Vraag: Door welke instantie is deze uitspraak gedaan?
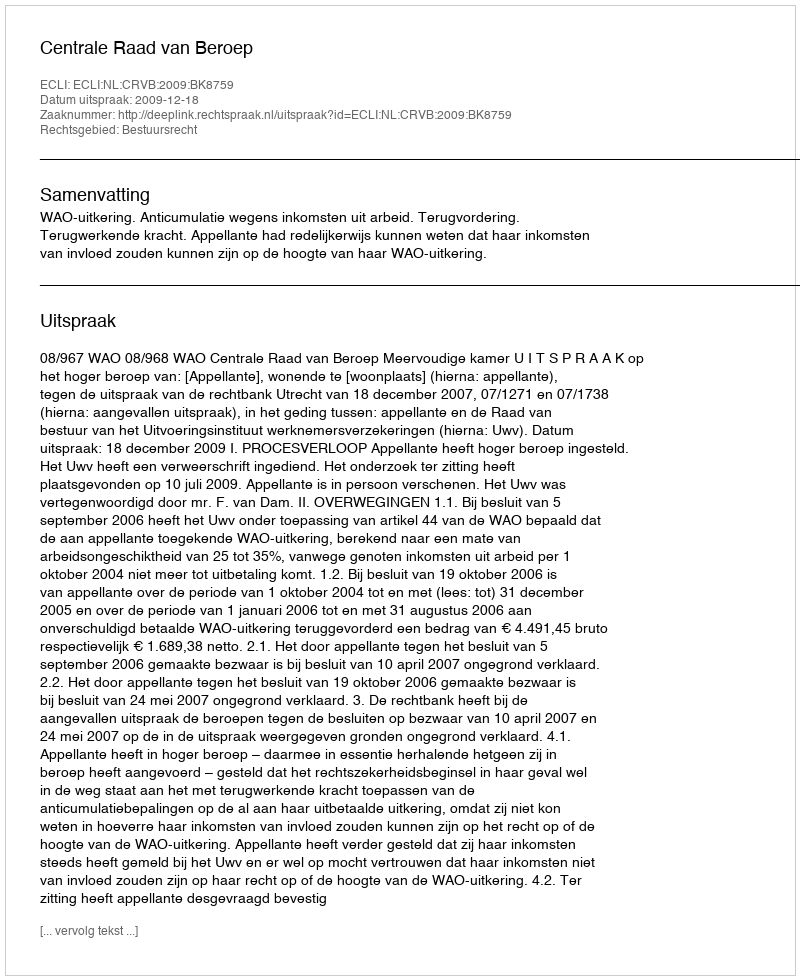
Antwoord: Centrale Raad van Beroep